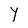
Character: Y